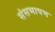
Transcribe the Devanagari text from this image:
संसभाषण